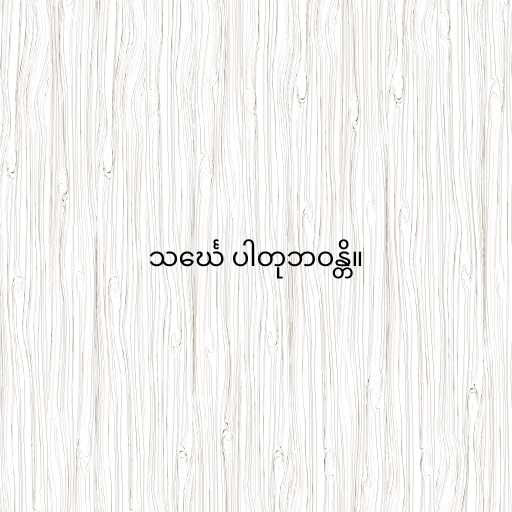
သင်္ဃေ ပါတုဘဝန္တိ။